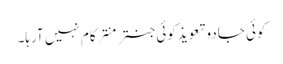
کوئی جادو تعویذ کوئی جنتر منتر کام نہیں آرہا۔